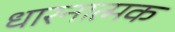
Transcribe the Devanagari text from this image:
धारनात्मक